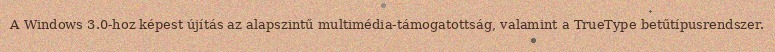
A Windows 3.0-hoz képest újítás az alapszintű multimédia-támogatottság, valamint a TrueType betűtípusrendszer.